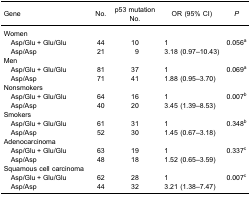
| <ROWSPAN=3> Gene | <ROWSPAN=3> No. | p53 mutation | <ROWSPAN=3> OR (95% CI) | <ROWSPAN=3> P |
 | No. |
 | --- | --- | --- | --- | --- |
 | Women |  |  |  |  |
 | Asp/Glu + Glu/Glu | 44 | 10 | 1 | 0.056a |
 | Asp/Asp | 21 | 9 | 3.18 (0.97–10.43) |  |
 | Men |  |  |  |  |
 | Asp/Glu + Glu/Glu | 81 | 37 | 1 | 0.069a |
 | Asp/Asp | 71 | 41 | 1.88 (0.95–3.70) |  |
 | Nonsmokers |  |  |  |  |
 | Asp/Glu + Glu/Glu | 64 | 16 | 1 | 0.007b |
 | Asp/Asp | 40 | 20 | 3.45 (1.39–8.53) |  |
 | Smokers |  |  |  |  |
 | Asp/Glu + Glu/Glu | 61 | 31 | 1 | 0.348b |
 | Asp/Asp | 52 | 30 | 1.45 (0.67–3.18) |  |
 | Adenocarcinoma |  |  |  |  |
 | Asp/Glu + Glu/Glu | 63 | 19 | 1 | 0.337c |
 | Asp/Asp | 48 | 18 | 1.52 (0.65–3.59) |  |
 | Squamous cell carcinoma |  |  |  |  |
 | Asp/Glu + Glu/Glu | 62 | 28 | 1 | 0.007c |
 | Asp/Asp | 44 | 32 | 3.21 (1.38–7.47) |  |